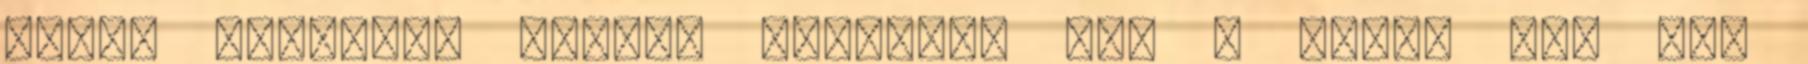
után. newnt55: Biztos olvastad azt a részt is, ami